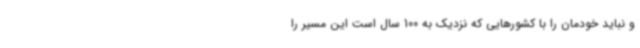
و نباید خودمان را با کشورهایی که نزدیک به 100 سال است این مسیر را